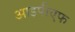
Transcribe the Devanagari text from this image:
आइपीएफ